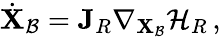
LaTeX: \dot{\mathbf{X}}_{\mathcal{B}}=\mathbf{J}_{R}\nabla_{\mathbf{X}_{\mathcal{B}}}\mathcal{H}_{R}\, ,